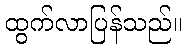
ထွက်လာပြန်သည်။